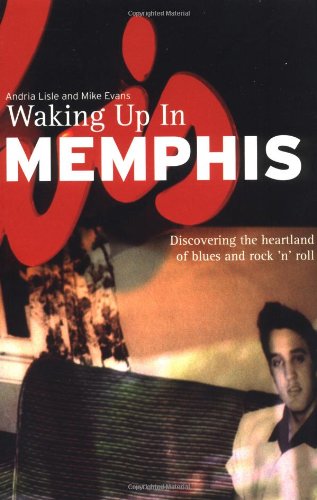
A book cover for Waking Up in Memphis; Andria Lisle; Travel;